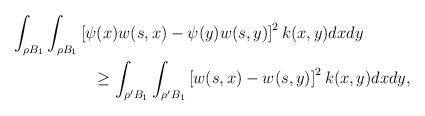
LaTeX: \begin{align*}& \int_{\rho B_{1}}\int_{\rho B_{1}}\left[ \psi(x)w(s,x) - \psi(y)w(s,y) \right]^{2}k(x,y)dxdy \\& \quad\quad\quad\quad\quad\geq \int_{\rho' B_{1}}\int_{\rho' B_{1}}\left[ w(s,x) - w(s,y) \right]^{2}k(x,y)dxdy,\end{align*}